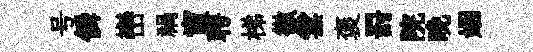
号僢巒禍寅聘梯徹雲褒罸院晚姻